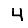
Digit: 4